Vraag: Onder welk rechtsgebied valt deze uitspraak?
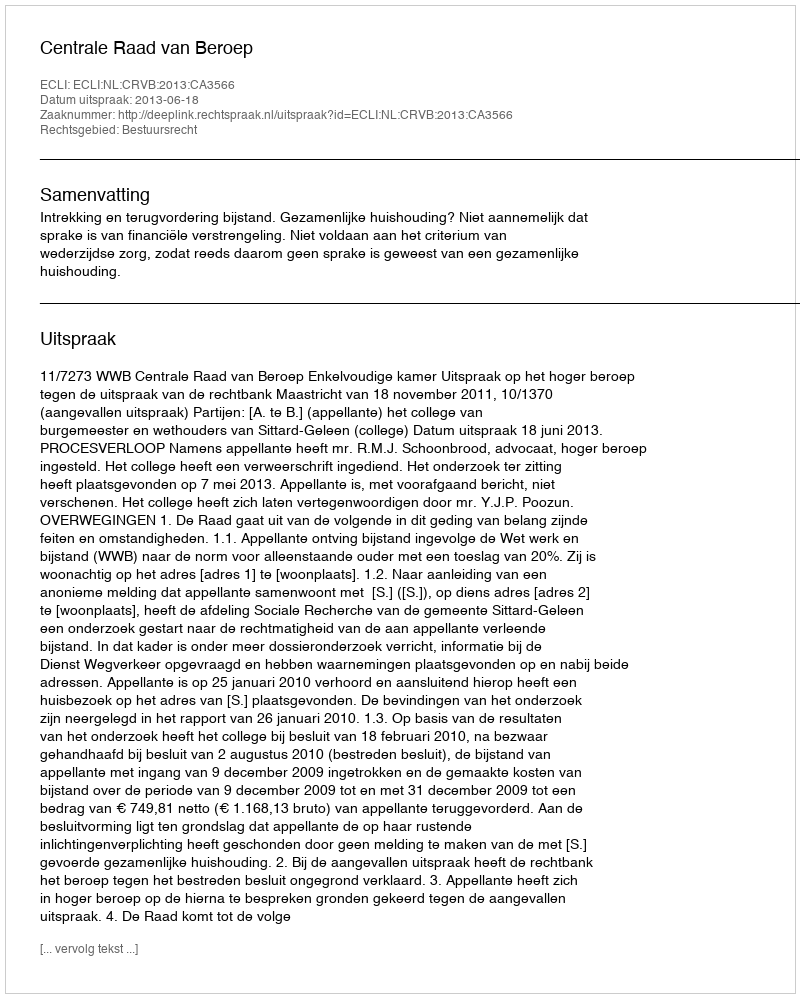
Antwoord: Bestuursrecht